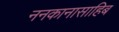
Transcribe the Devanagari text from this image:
ननकानासाहिब